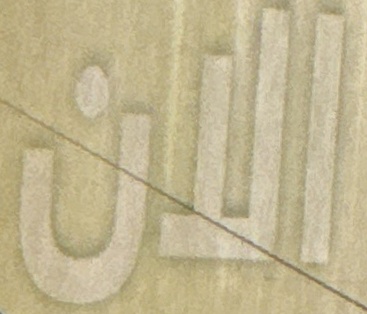
الان